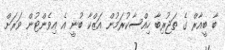
ބާ ބީއާރް ގެ ތަޖުރިބާ ހިއްސާކުރަމުން އަޒްކާ ބުނީ އެ އިވެންޓުން ވަރަށް